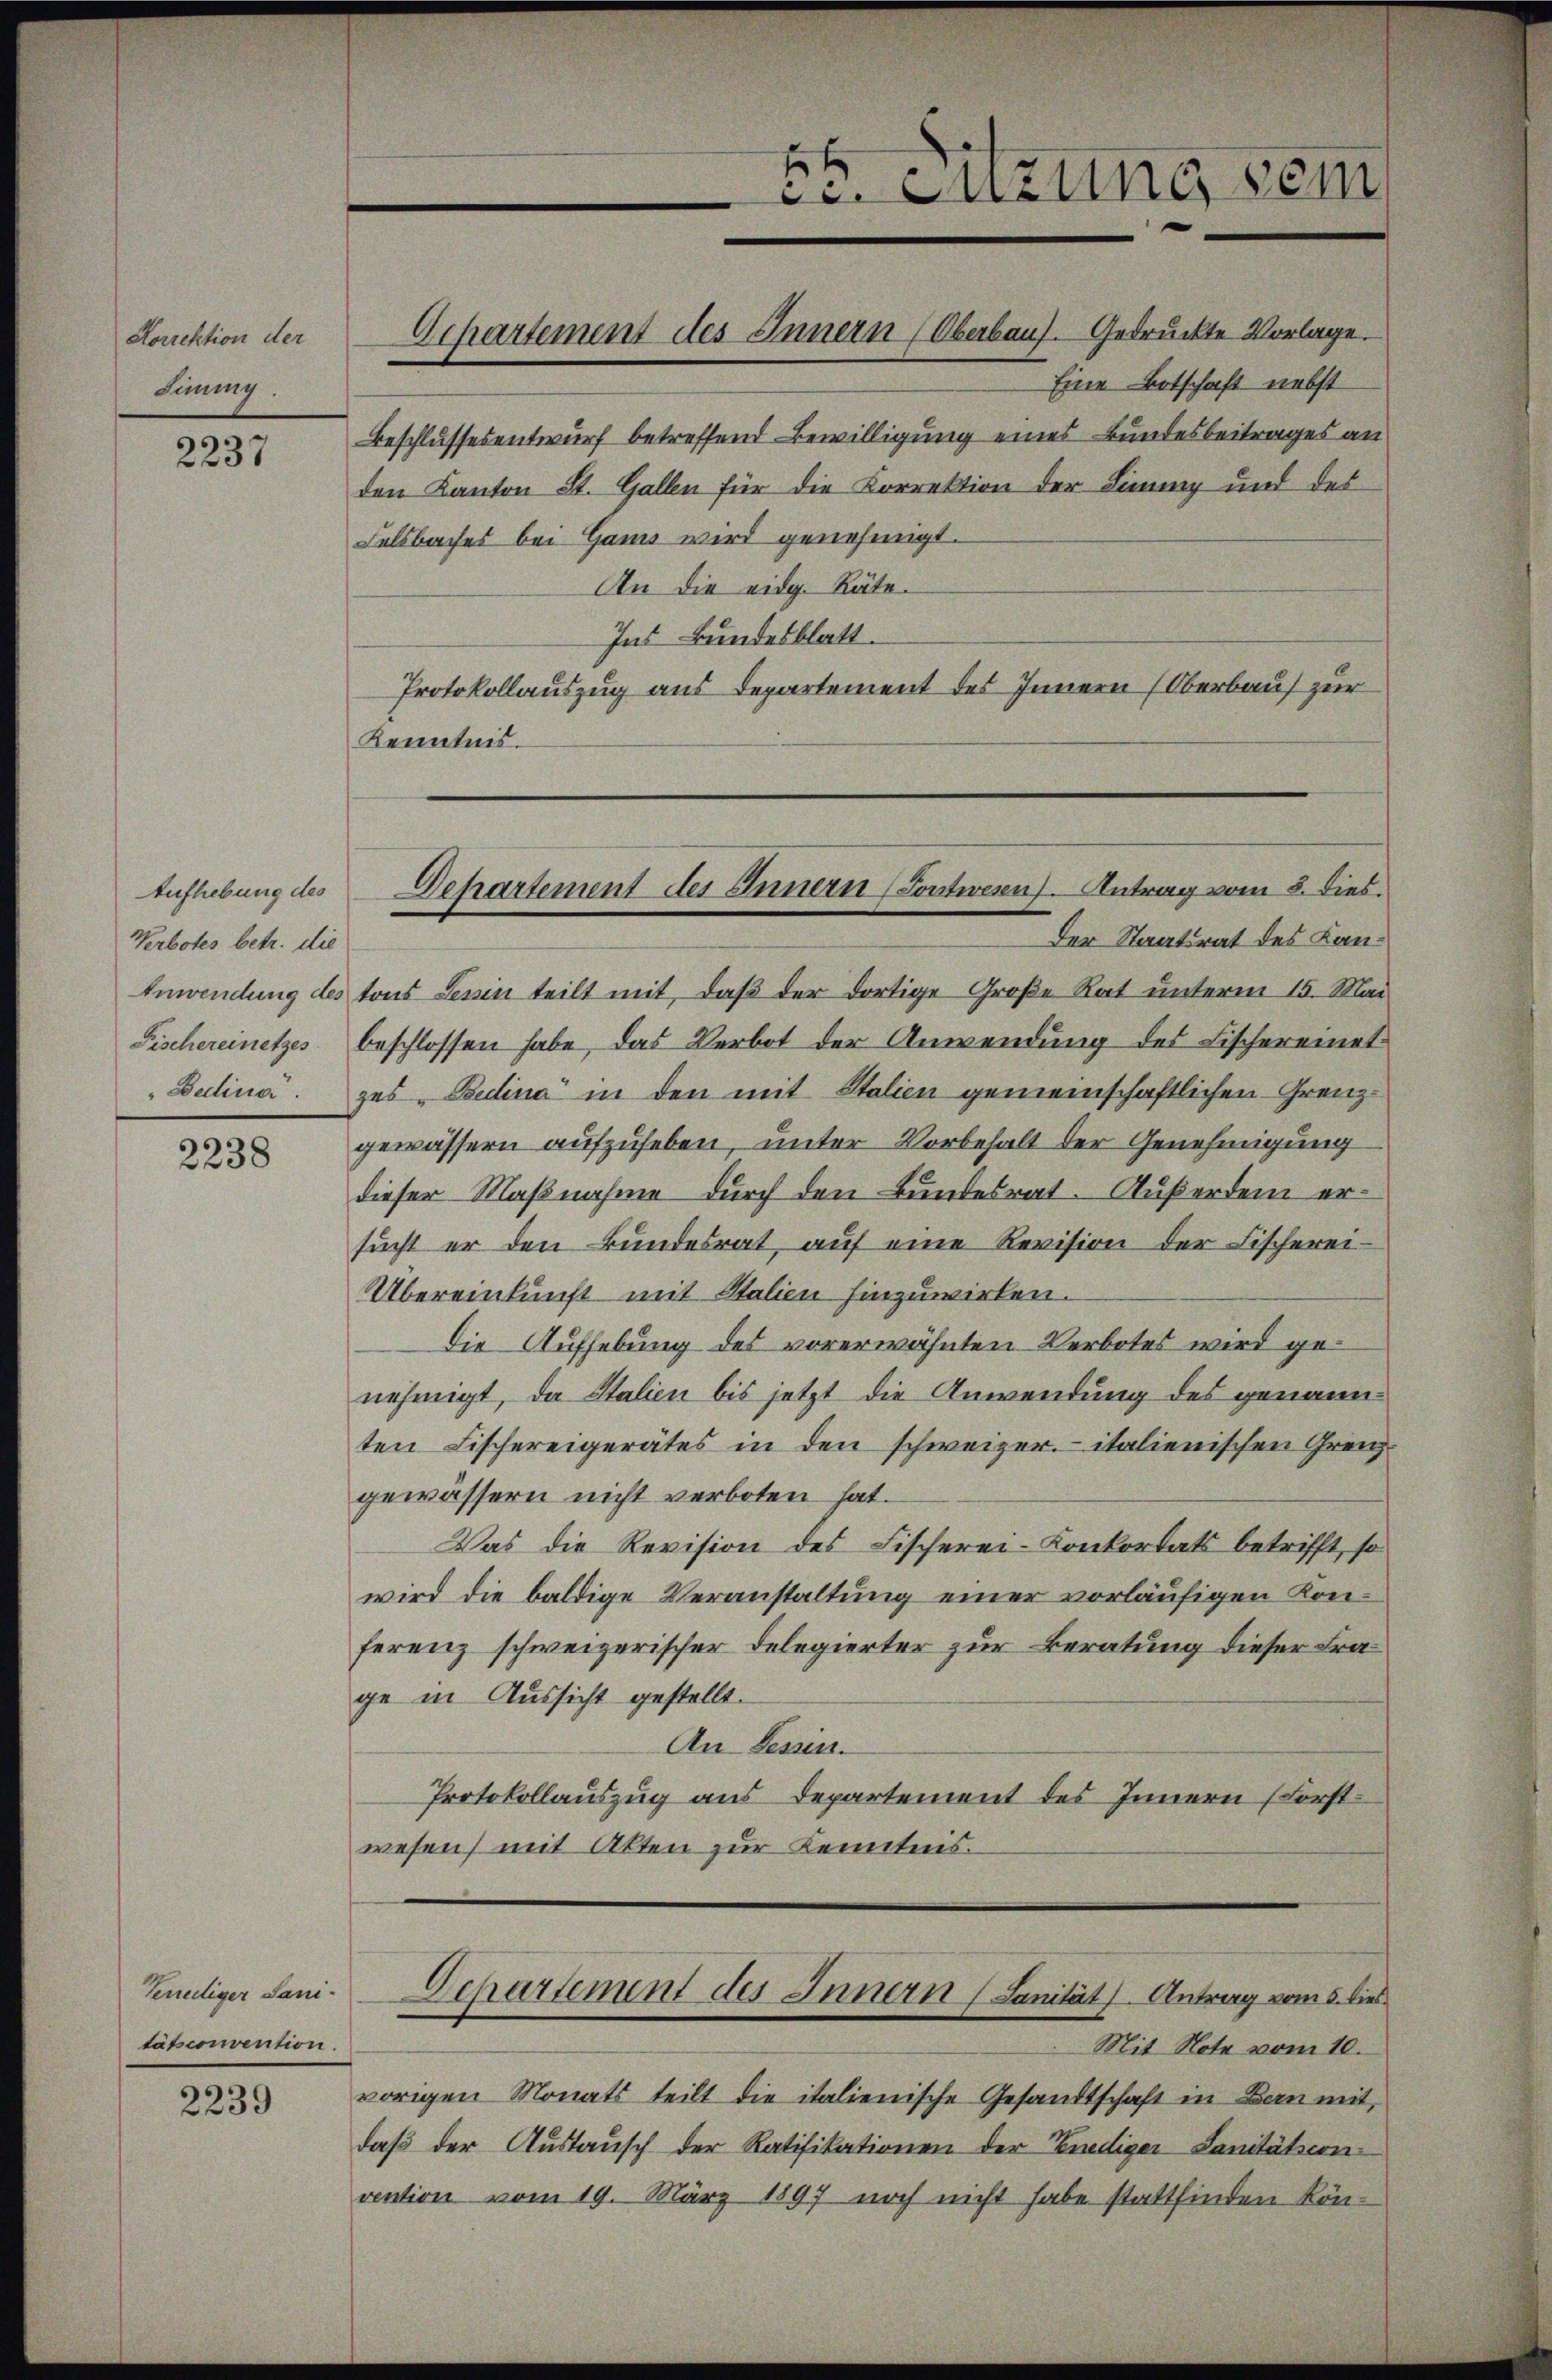
Norrektion der
Sinung

2237

Aufhebung des
Verbotes betr. die

2238

Vereitiger Sanitätsconvention.

2239

Beschlussesentwurf betreffend Bewilligung eines Bundesbeitrages an
den Kanton St. Gallen für die Korrektion der Linung und des
Felsbaches bei Gams wird genehmigt.
An die eidg. Räte.
Int Bundesblatt.
Protokollauszug aus Departement des Innern (Oberbau zur
Kenntnis.

Departement des Innern (Oberbaus. Gedruckte Vorlage.

Der Staatsrat des Lan¬
Anwendung des tons Senin teilt mit, daβ der dortige Große Rat unterm 15. Mai
Fischereinetzes beschlossen habe, das Verbot der Anwendung des Fischereinet
"Dulina. zes-Bedina in den mit Stalien gemeinschaftlichen Grenzgewässern aufzuheben, unter Vorbehalt der Genehmigung
dieser Maßnahme durch den Bundesrat. Außerdem ersŭcht er den Bŭndesrat, aŭf eine Revision der Fischerei-
Übereinkunft mit Stalien hinzuwirken.
die Aufhebung des vorerwähnten Verbotes wird genehmigt, da Stalien bis jetzt die Anwendung des genannten Fischereigerätes in den schweizer. - italienischen Grenzgewässern nicht verboten hat.
Das die Revision des Fischerei-Konkordats betrifft, so
wird die baldige Veranstaltung einer vorläufigen Konferenz schweizerischer Delegierter zur Beratung dieser Frage in Aussicht gestellt.
An Tessin.
Protokollauszug aus Departement des Innern (Forstwesen, mit Akten zur Kenntnis.

ce. Suzung dem

Eine Botschaft nebst

Dchartement des Innern (Tontwern) Antrag vom 8. dies.

Mit Note vom 10.
vorigen Monats teilt die italienische Gesandtschaft in Bern mit,
daβ der Austausch der Ratifikationen der Endiger Sanitätscon
vention vom 19. März 1897 noch nicht habe stattfinden kön-

Departement des Innern (Sanität) Antrag vom 5. dies